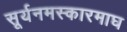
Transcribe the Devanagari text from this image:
सूर्यनमस्कारमाघ